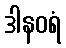
ဒါနဝရံ